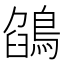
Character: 鵮